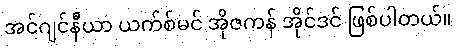
အင်ဂျင်နီယာ ယက်စ်မင် အိုဇကန် အိုင်ဒင် ဖြစ်ပါတယ်။